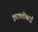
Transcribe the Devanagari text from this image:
इरावतीबाई